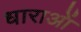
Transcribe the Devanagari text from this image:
धाराआें